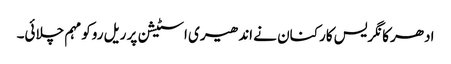
ادھر کانگریس کارکنان نے اندھیری اسٹیشن پر ریل روکو مہم چلائی۔